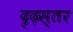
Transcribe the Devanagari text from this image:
दृढ़स्तर